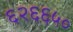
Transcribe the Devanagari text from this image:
६२६६५०